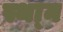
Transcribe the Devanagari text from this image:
स्था्न